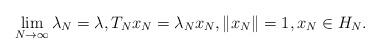
LaTeX: \begin{align*} \lim_{N\to\infty}\lambda_N=\lambda, T_N x_N=\lambda_N x_N, \|x_N\|=1, x_N\in H_N. \end{align*}